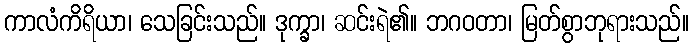
ကာလံကိရိယာ၊ သေခြင်းသည်။ ဒုက္ခာ၊ ဆင်းရဲ၏။ ဘဂဝတာ၊ မြတ်စွာဘုရားသည်။